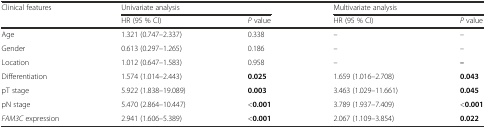
| <ROWSPAN=2> Clinical features | <COLSPAN=2> Univariate analysis | <COLSPAN=2> Multivariate analysis |
 | HR (95 % CI) | P value | HR (95 % CI) | P value |
 | --- | --- | --- | --- | --- |
 | Age | 1.321 (0.747–2.337) | 0.338 | – | – |
 | Gender | 0.613 (0.297–1.265) | 0.186 | – | – |
 | Location | 1.012 (0.647–1.583) | 0.958 | – | – |
 | Differentiation | 1.574 (1.014–2.443) | 0.025 | 1.659 (1.016–2.708) | 0.043 |
 | pT stage | 5.922 (1.838–19.089) | 0.003 | 3.463 (1.029–11.661) | 0.045 |
 | pN stage | 5.470 (2.864–10.447) | <0.001 | 3.789 (1.937–7.409) | <0.001 |
 | FAM3C expression | 2.941 (1.606–5.389) | <0.001 | 2.067 (1.109–3.854) | 0.022 |